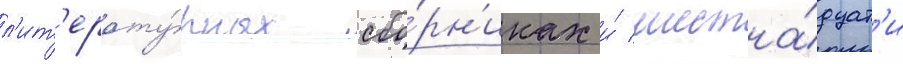
л'ит'ерату́рных сбо́рн'иках и́ шестна́дцат'и